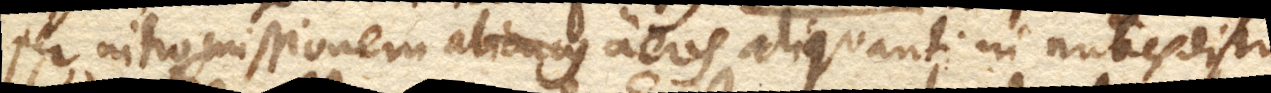
per intromissionem aeris aliquanti in nubes distri–